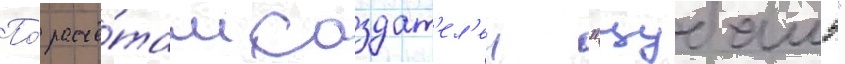
По́ расчё́там создат'ел'еи "цубамэ"